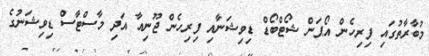
މުބާރާތުގައި ފިރިހެން އޯޕަން ޝޯޓްބޯޑް ޑިވިޝަނާއި ފިރިހެން ޖޫނިއާ އަދި މާސްޓާސް ޑިވިޝަނުގެ